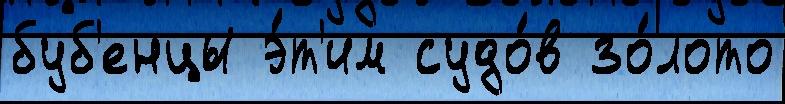
буб'енцы э́т'им судо́в зо́лото